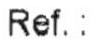
REF. :